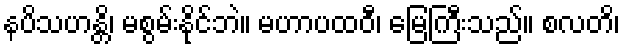
နပိသဟန္တိ၊ မစွမ်းနိုင်ဘဲ။ မဟာပထဝီ၊ မြေကြီးသည်။ စလတိ၊